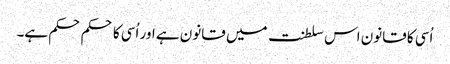
اُسی کا قانون اس سلطنت میں قانون ہے اور اُسی کا حکم حکم ہے۔